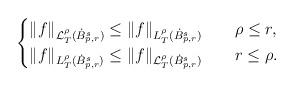
LaTeX: \begin{align*}\begin{cases} \|f\|_{\mathcal{L}^{\rho}_{T}(\dot{B}^{s}_{p,r})}\leq\|f\|_{L^{\rho}_{T}(\dot{B}^{s}_{p,r})} \ \ \ \ \ \ \rho\leq r,\\ \|f\|_{L^{\rho}_{T}(\dot{B}^{s}_{p,r})}\leq \|f\|_{\mathcal{L}^{\rho}_{T}(\dot{B}^{s}_{p,r})} \ \ \ \ \ \ r\leq \rho.\end{cases}\end{align*}